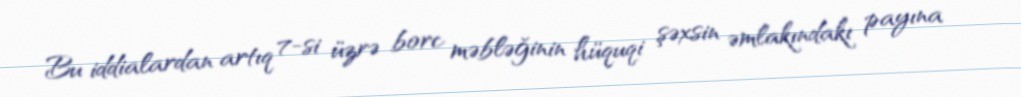
Bu iddialardan artıq 7-si üzrə borc məbləğinin hüquqi şəxsin əmlakındakı payına